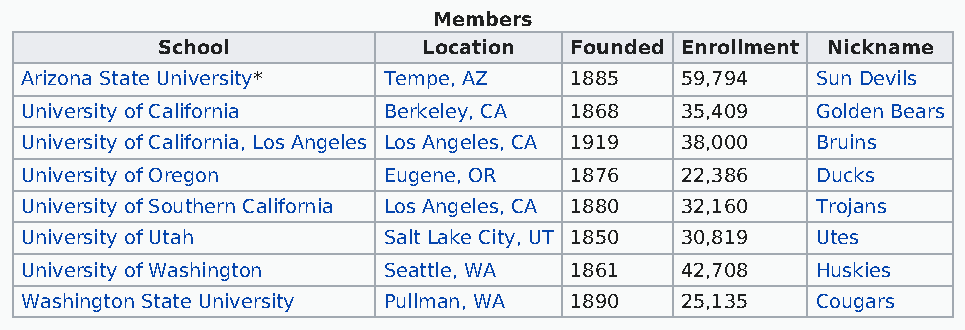
Members
 School            Location  Founded Enrollment Nickname
 Arizona State University* Tempe, AZ  1885   59,794   Sun Devils
 University of California Berkeley, CA 1868  35,409   Golden Bears
 University of California, Los Angeles Los Angeles, CA 1919 38,000 Bruins
 University of Oregon    Eugene, OR   1876   22,386   Ducks
 University of Southern California Los Angeles, CA 1880 32,160 Trojans
 University of Utah      Salt Lake City, UT 1850 30,819 Utes
 University of Washington Seattle, WA 1861   42,708   Huskies
 Washington State University Pullman, WA 1890 25,135  Cougars